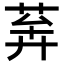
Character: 𦯨